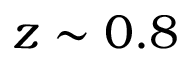
z \sim 0 . 8